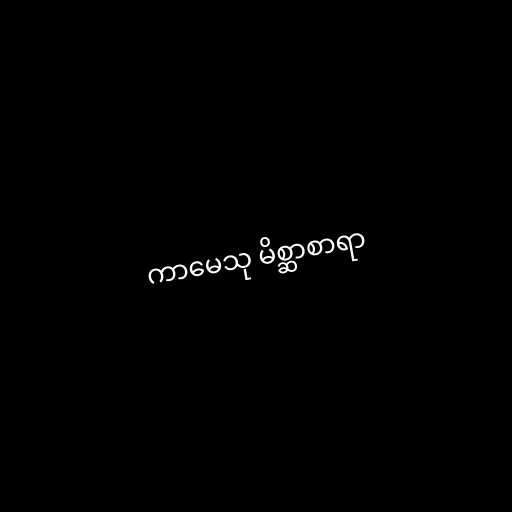
ကာမေသု မိစ္ဆာစာရာ